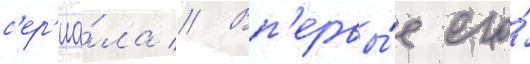
с'ер'иа́ла // Вп'ервы́е его́